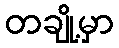
တချို့မှာ